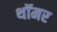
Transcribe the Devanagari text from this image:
थॉमर